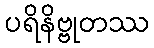
ပရိနိဗ္ဗုတဿ